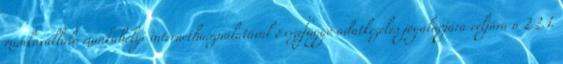
munkavállaló munkahelyi internethasználatával összefüggő adatkezelés jogalapjára céljára a 2.2.1.